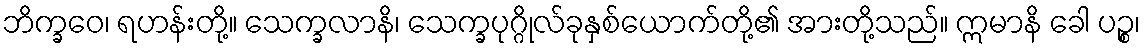
ဘိက္ခဝေ၊ ရဟန်းတို့။ သေက္ခလာနိ၊ သေက္ခပုဂ္ဂိုလ်ခုနှစ်ယောက်တို့၏ အားတို့သည်။ ဣမာနိ ခေါ ပဉ္စ၊